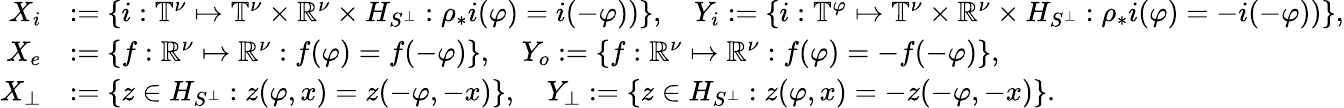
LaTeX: \begin{array}{rl}{X_{i}}&{:=\left\{ i:\mathbb{T}^{\nu}\mapsto\mathbb{T}^{\nu}\times\mathbb{R}^{\nu}\times H_{S^{\perp}}:\rho_{*}i(\varphi)=i(-\varphi))\right\} ,\quad Y_{i}:=\left\{ i:\mathbb{T}^{\varphi}\mapsto\mathbb{T}^{\nu}\times\mathbb{R}^{\nu}\times H_{S^{\perp}}:\rho_{*}i(\varphi)=-i(-\varphi))\right\} ,}\\ {X_{e}}&{:=\left\{ f:\mathbb{R}^{\nu}\mapsto\mathbb{R}^{\nu}:f(\varphi)=f(-\varphi)\right\} ,\quad Y_{o}:=\left\{ f:\mathbb{R}^{\nu}\mapsto\mathbb{R}^{\nu}:f(\varphi)=-f(-\varphi)\right\} ,}\\ {X_{\perp}}&{:=\left\{ z\in H_{S^{\perp}}:z(\varphi,x)=z(-\varphi,-x)\right\} ,\quad Y_{\perp}:=\left\{ z\in H_{S^{\perp}}:z(\varphi,x)=-z(-\varphi,-x)\right\} .}\end{array}